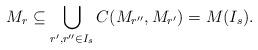
LaTeX: \begin{gather*}M_r\subseteq\bigcup_{r',r''\in I_s}C(M_{r''},M_{r'}) = M(I_s).\end{gather*}